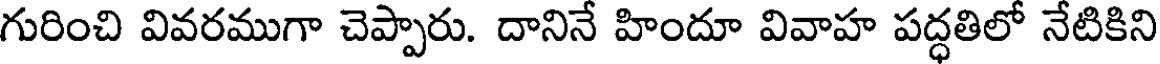
గురించి వివరముగా చెప్పారు. దానినే హిందూ వివాహ పద్ధతిలో నేటికిని